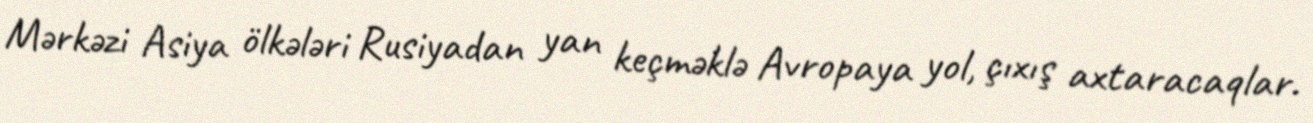
Mərkəzi Asiya ölkələri Rusiyadan yan keçməklə Avropaya yol, çıxış axtaracaqlar.